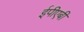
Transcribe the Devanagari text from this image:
ईपीएबी